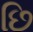
છિ